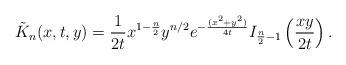
LaTeX: \begin{align*} \tilde{K}_n(x,t,y)=\frac{1}{2t}x^{1-\frac{n}{2}}y^{n/2}e^{-\frac{(x^2+y^2)}{4t}}I_{\frac{n}{2}-1}\left(\frac{xy}{2t}\right).\end{align*}